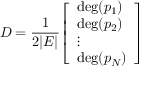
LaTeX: D = { \frac { 1 } { 2 | E | } } { \left[ \begin{array} { l } { \deg ( p _ { 1 } ) } \\ { \deg ( p _ { 2 } ) } \\ { \vdots } \\ { \deg ( p _ { N } ) } \end{array} \right] }